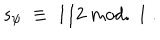
LaTeX: s _ { \psi } \; \equiv \; 1 / 2 ~ \mathrm { m o d . ~ } 1 ~ .